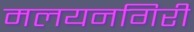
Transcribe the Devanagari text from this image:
मलयनगिरी